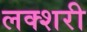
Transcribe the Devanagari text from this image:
लक्शरी